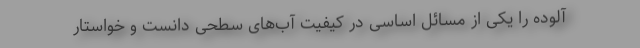
آلوده را یکی از مسائل اساسی در کیفیت آب‌های سطحی دانست و خواستار